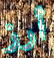
أرز